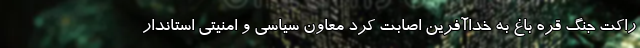
راکت جنگ قره باغ به خداآفرین اصابت کرد معاون سیاسی و امنیتی استاندار